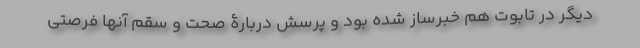
دیگر در تابوت هم خبر‌ساز شده بود و پرسش دربارۀ صحت و سقم آنها فرصتی